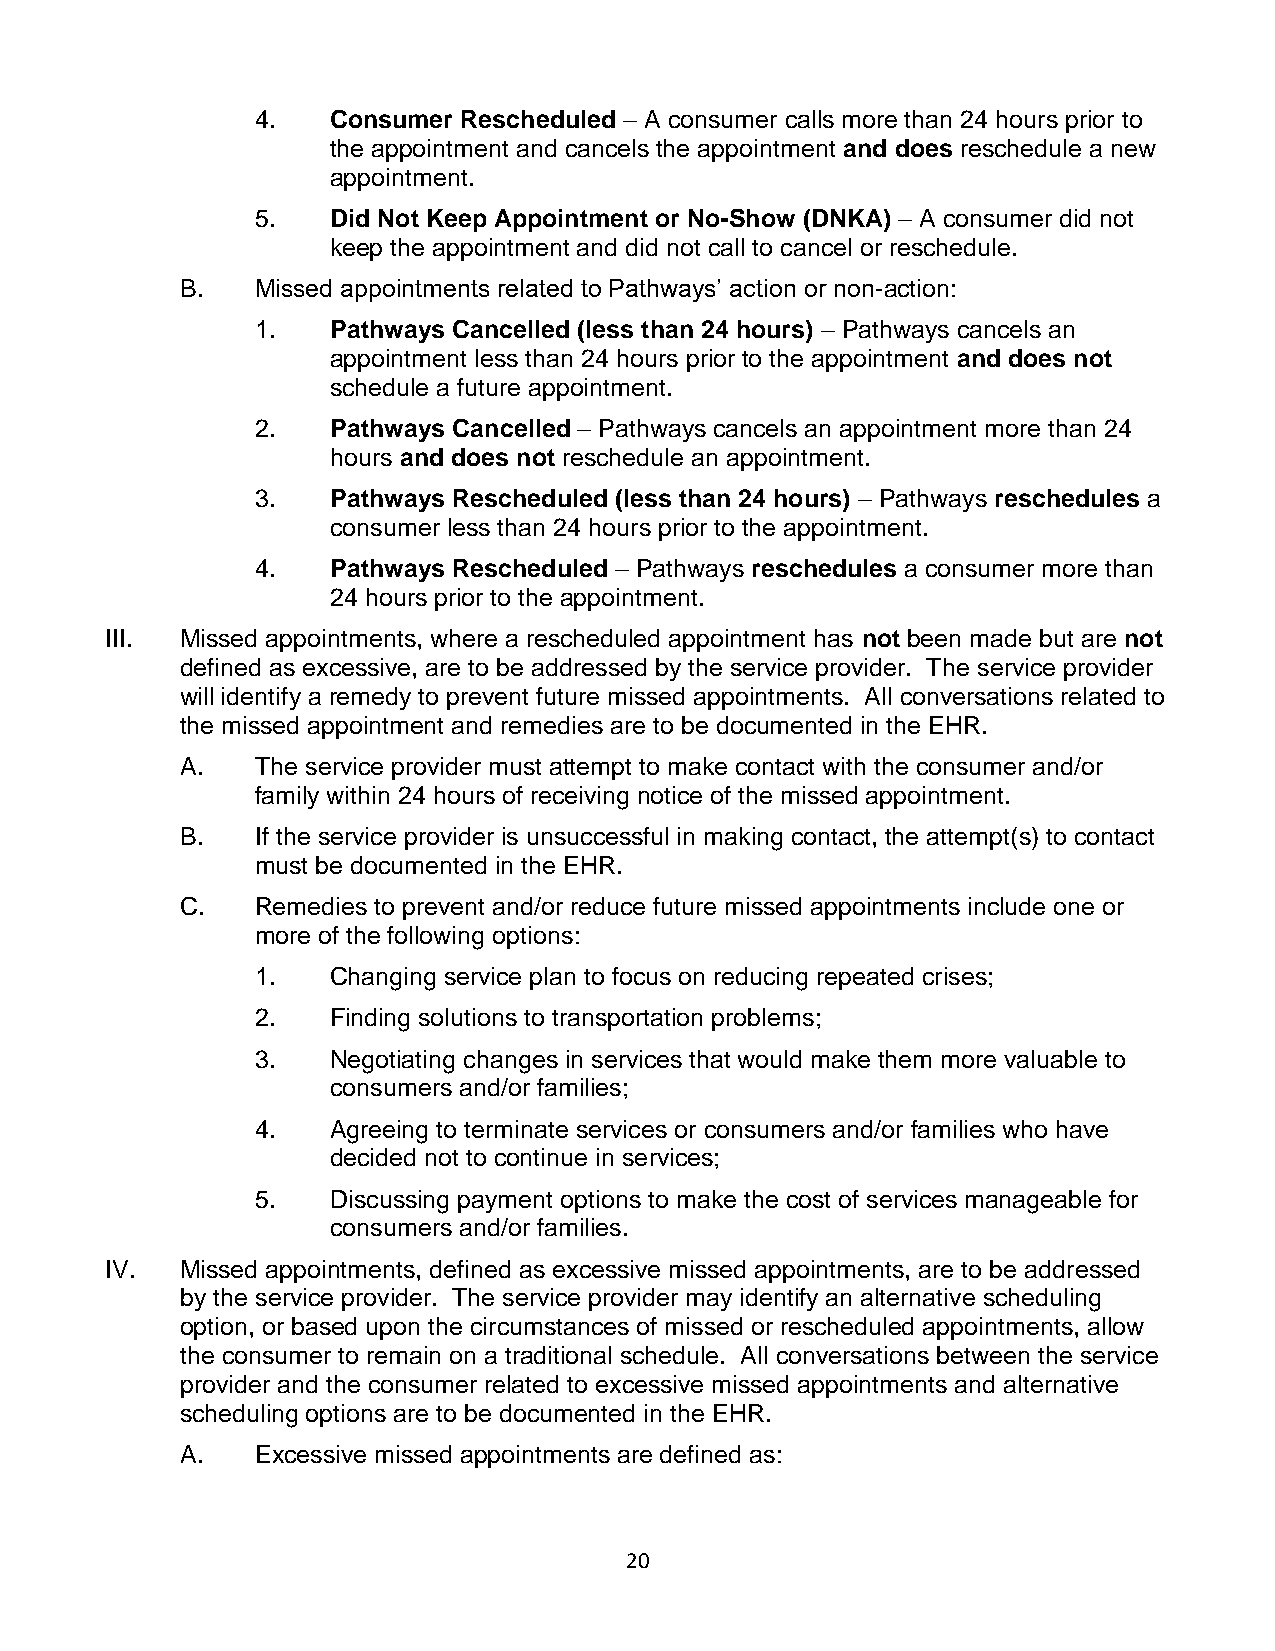
4.   Consumer Rescheduled – A consumer calls more than 24 hours prior to
 the appointment and cancels the appointment and does reschedule a new
 appointment.
 5.   Did Not Keep Appointment or No-Show (DNKA) – A consumer did not
 keep the appointment and did not call to cancel or reschedule.
 B.   Missed appointments related to Pathways’ action or non-action:
 1.   Pathways Cancelled (less than 24 hours) – Pathways cancels an
 appointment less than 24 hours prior to the appointment and does not
 schedule a future appointment.
 2.   Pathways Cancelled – Pathways cancels an appointment more than 24
 hours and does not reschedule an appointment.
 3.   Pathways Rescheduled (less than 24 hours) – Pathways reschedules a
 consumer less than 24 hours prior to the appointment.
 4.   Pathways Rescheduled – Pathways reschedules a consumer more than
 24 hours prior to the appointment.
 III. Missed appointments, where a rescheduled appointment has not been made but are not
 defined as excessive, are to be addressed by the service provider. The service provider
 will identify a remedy to prevent future missed appointments. All conversations related to
 the missed appointment and remedies are to be documented in the EHR.
 A.   The service provider must attempt to make contact with the consumer and/or
 family within 24 hours of receiving notice of the missed appointment.
 B.   If the service provider is unsuccessful in making contact, the attempt(s) to contact
 must be documented in the EHR.
 C.   Remedies to prevent and/or reduce future missed appointments include one or
 more of the following options:
 1.   Changing service plan to focus on reducing repeated crises;
 2.   Finding solutions to transportation problems;
 3.   Negotiating changes in services that would make them more valuable to
 consumers and/or families;
 4.   Agreeing to terminate services or consumers and/or families who have
 decided not to continue in services;
 5.   Discussing payment options to make the cost of services manageable for
 consumers and/or families.
 IV.  Missed appointments, defined as excessive missed appointments, are to be addressed
 by the service provider. The service provider may identify an alternative scheduling
 option, or based upon the circumstances of missed or rescheduled appointments, allow
 the consumer to remain on a traditional schedule. All conversations between the service
 provider and the consumer related to excessive missed appointments and alternative
 scheduling options are to be documented in the EHR.
 A.   Excessive missed appointments are defined as:
 20